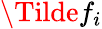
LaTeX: \Tilde{f}_{i}